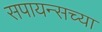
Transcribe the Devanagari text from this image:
सपायन्सच्या